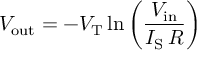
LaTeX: V _ { \mathrm { o u t } } = - V _ { \mathrm { T } } \ln \left( { \frac { V _ { \mathrm { i n } } } { I _ { \mathrm { S } } \, R } } \right)